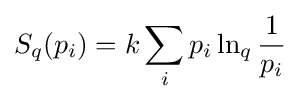
S_{q}({p_{i}})=k\sum _{i}p_{i}\ln _{q}{\frac {1}{p_{i}}}